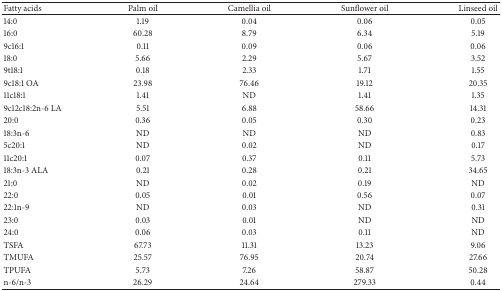
| Fatty acids | Palm oil | Camellia oil | Sunflower oil | Linseed oil |
 | --- | --- | --- | --- | --- |
 | 14:0 | 1.19 | 0.04 | 0.06 | 0.05 |
 | 16:0 | 60.28 | 8.79 | 6.34 | 5.19 |
 | 9c16:1 | 0.11 | 0.09 | 0.06 | 0.06 |
 | 18:0 | 5.66 | 2.29 | 5.67 | 3.52 |
 | 9t18:1 | 0.18 | 2.33 | 1.71 | 1.55 |
 | 9c18:1 OA | 23.98 | 76.46 | 19.12 | 20.35 |
 | 11c18:1 | 1.41 | ND | 1.41 | 1.35 |
 | 9c12c18:2n-6 LA | 5.51 | 6.88 | 58.66 | 14.31 |
 | 20:0 | 0.36 | 0.05 | 0.30 | 0.23 |
 | 18:3n-6 | ND | ND | ND | 0.83 |
 | 5c20:1 | ND | 0.02 | ND | 0.17 |
 | 11c20:1 | 0.07 | 0.37 | 0.11 | 5.73 |
 | 18:3n-3 ALA | 0.21 | 0.28 | 0.21 | 34.65 |
 | 21:0 | ND | 0.02 | 0.19 | ND |
 | 22:0 | 0.05 | 0.01 | 0.56 | 0.07 |
 | 22:1n-9 | ND | 0.03 | ND | 0.31 |
 | 23:0 | 0.03 | 0.01 | ND | ND |
 | 24:0 | 0.06 | 0.03 | 0.11 | ND |
 | TSFA | 67.73 | 11.31 | 13.23 | 9.06 |
 | TMUFA | 25.57 | 76.95 | 20.74 | 27.66 |
 | TPUFA | 5.73 | 7.26 | 58.87 | 50.28 |
 | n-6/n-3 | 26.29 | 24.64 | 279.33 | 0.44 |